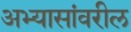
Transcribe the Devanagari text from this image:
अभ्यासांवरील